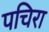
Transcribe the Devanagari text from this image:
पचिरा